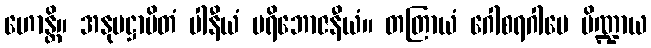
ဟောန္တိ။ အနုပဋ္ဌာပိတံ ပါနီယံ ပရိဘောဇနီယံ။ တတြာယံ ဂေါစရဂါမေ ပိဏ္ဍာယ